Calcutta medical institutions reports 1879-81 [i.e.91]
Year: 1879
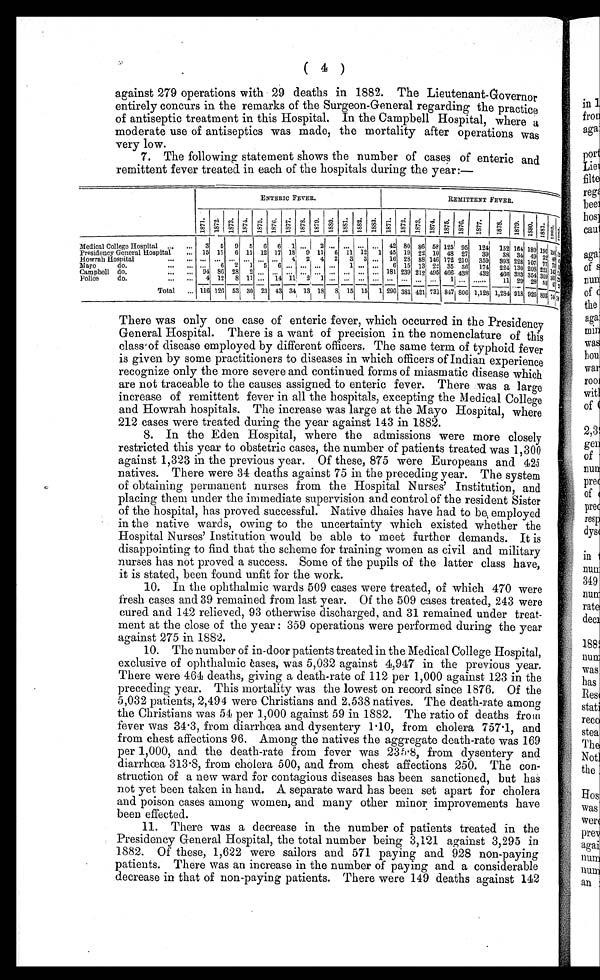
( 4 )
against 279 operations with 29 deaths in 1882. The Lieutenant-Governor
entirely concurs in the remarks of the Surgeon-General regarding the practice
of antiseptic treatment in this Hospital. In the Campbell Hospital, where a
moderate use of antiseptics was made, the mortality after operations was
very low.
7. The following statement shows the number of cases of enteric and
remittent fever treated in each of the hospitals during the year:—
ENTERIC FEVER.
REMITTENT FEVER.
1871. 1 8 7 2 . 1873. 1874. 1875. 1876. 1877. 1878. 1879. 1880.
1881. 1882. 1883. 1871. 1872. 1873. 1874. 1875. 1 8 7 6 . 1877. 1878. 1879. 1 8 8 0 . 1881.
1 8 8 2 . 1 8 8 3 .
Medical College Hospital ... ...
3 5 9 5 6 6 1 ... 2
. . . . . . . . . . . . 42 80 86 58 125 95 124 152 164 180 1 9 6 l50
1 2 0
Presidency General Hospital ... 15 17 6 11 12 17 18 9 11 6 11 12 1 45 19 22 10 48 27 39 38 34 49 22 4 0
Howrah Hospital
... ... ... ...
... ... 4 2 4 2 3 3 ... 16 28 88 146 172 210 359 393 228 107 77 7 3
l 31
Mayo
do.
..
.
...
.. .
6 2 1 5 6 ... ... ... ... 1 ... ... 6 15 13 22 35 36 174 224 130 208 2 2 1 1 4 3
Campbell do.
9 4
8 6 2 8 2 . . . . . . . . . . . . . . . . . . . . . . . . . . . 181 239 212 495 466 438 432 466 333 354 3 0 9 3 0 1
Police
do.
4 12
8 11 ... 14 1 1 2 1 ... ... ... ... ...
. . . .., ... 1 ... ......
11 29 28 58 4 1
Total ... 116 126 53 30 23 43 34 13 1 8 8 15 15 1 290 381 421 731 8 4 7 8O6 1,128 1,284 918 926 8 9 3 7 4 5
There was only one case of enteric fever, which occurred in the Presidency
General Hospital. There is a want of precision in the nomenclature of this
class of disease employed by different officers. The same term of typhoid fever
is given by some practitioners to diseases in which officers of Indian experience
recognize only the more severe and continued forms of miasmatic disease which
are not traceable to the causes assigned to enteric fever. There was a large
increase of remittent fever in all the hospitals, excepting the Medical College
and Howrah hospitals. The increase was large at the Mayo Hospital, where
212 cases were treated during the year against 143 in 1882.
8. In the Eden Hospital, where the admissions were more closely
restricted this year to obstetric cases, the number of patients treated was 1,300
against 1,323 in the previous year. Of these, 875 were Europeans and 425
natives. There were 34 deaths against 75 in the preceding year. The system
of obtaining permanent nurses from the Hospital Nurses' Institution, and
placing them under the immediate supervision and control of the resident Sister
of the hospital, has proved successful. Native dhaies have had to be employed
in the native wards, owing to the uncertainty which existed whether the
H o s p i t a l N u r s e s ' I n s t i t u t i o n w o u l d b e a b l e t o m e e t f u r t h e r d e m a n d s . I t i s
disappointing to find that the scheme for training women as civil and military
nurses has not proved a success. Some of the pupils of the latter class have,
it is stated, been found unfit for the work.
10. In the ophthalmic wards 509 cases were treated, of which 470 were
fresh cases and 39 remained from last year. Of the 509 cases treated, 243 were
cured and 142 relieved, 93 otherwise discharged, and 31 remained under treat-
ment at the close of the year : 359 operations were performed during the year
against 275 in 1882.
10. The number of in-door patients treated in the Medical College Hospital,
exclusive of ophthalmic eases, was 5,032 against 4,947 in the previous year.
There were 464 deaths, giving a death-rate of 112 per 1,000 against 123 in the
preceding year. This mortality was the lowest on record since 1876. Of the
5,032 patients, 2,494 were Christians and 2,538 natives. The death-rate among
the Christians was 54 per 1,000 against 59 in 1882. The ratio of deaths from
fever was 34.3, from diarrhœa and dysentery 1.10, from cholera 757.1, and
from chest affections 96. Among the natives the aggregate death-rate was 169
per 1,000, and the death-rate from fever was 235.8, from dysentery and
diarrhœa 313.8, from cholera 500, and from chest affections 250. The con-
struction of a new ward for contagious diseases has been sanctioned, but has
not yet been taken in hand. A separate ward has been set apart for cholera
and poison cases among women, and many other minor improvements have
been effected.
11. There was a decrease in the number of patients treated in the
Presidency General Hospital, the total number being 3,121 against 3,295 in
1882. Of these, 1,622 were sailors and 571 paying and 928 non-paying
patients. There was an increase in the number of paying and a considerable
decrease in that of non-paying patients. There were 149 deaths against 142